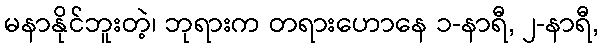
မနာနိုင်ဘူးတဲ့၊ ဘုရားက တရားဟောနေ ၁-နာရီ, ၂-နာရီ,